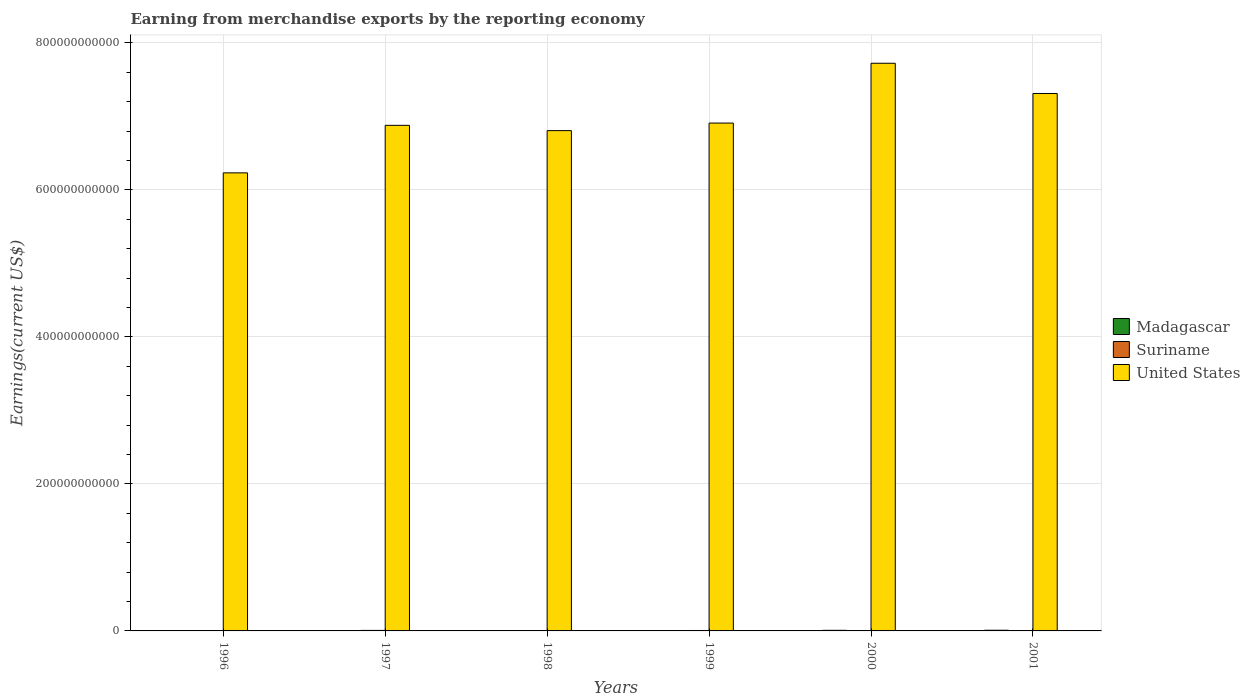
| Years | Madagascar | Suriname | United States |
 | --- | --- | --- | --- |
 | 1996 | 2.99e+08 | 4.39e+08 | 6.23e+11 |
 | 1997 | 2.24e+08 | 7.01e+08 | 6.88e+11 |
 | 1998 | 2.34e+08 | 4.36e+08 | 6.81e+11 |
 | 1999 | 2.2e+08 | 5.87e+08 | 6.91e+11 |
 | 2000 | 8.24e+08 | 4.98e+08 | 7.72e+11 |
 | 2001 | 9.26e+08 | 1.71e+08 | 7.31e+11 |